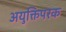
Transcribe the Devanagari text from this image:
अयुक्तिपरक